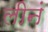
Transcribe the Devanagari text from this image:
लीनं